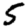
Digit: 5